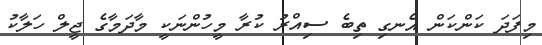
މިފަދަ ކަންކަން އެނގި ތިބެ ސިއްރު ކުރާ މީހުންނަކީ މާދަމާގެ ޖީލް ހަލާކު